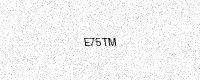
Text: E75TM